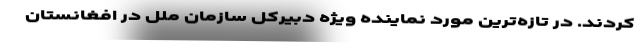
کردند. در تازه‌ترین مورد نماینده ویژه دبیرکل سازمان ملل در افغانستان